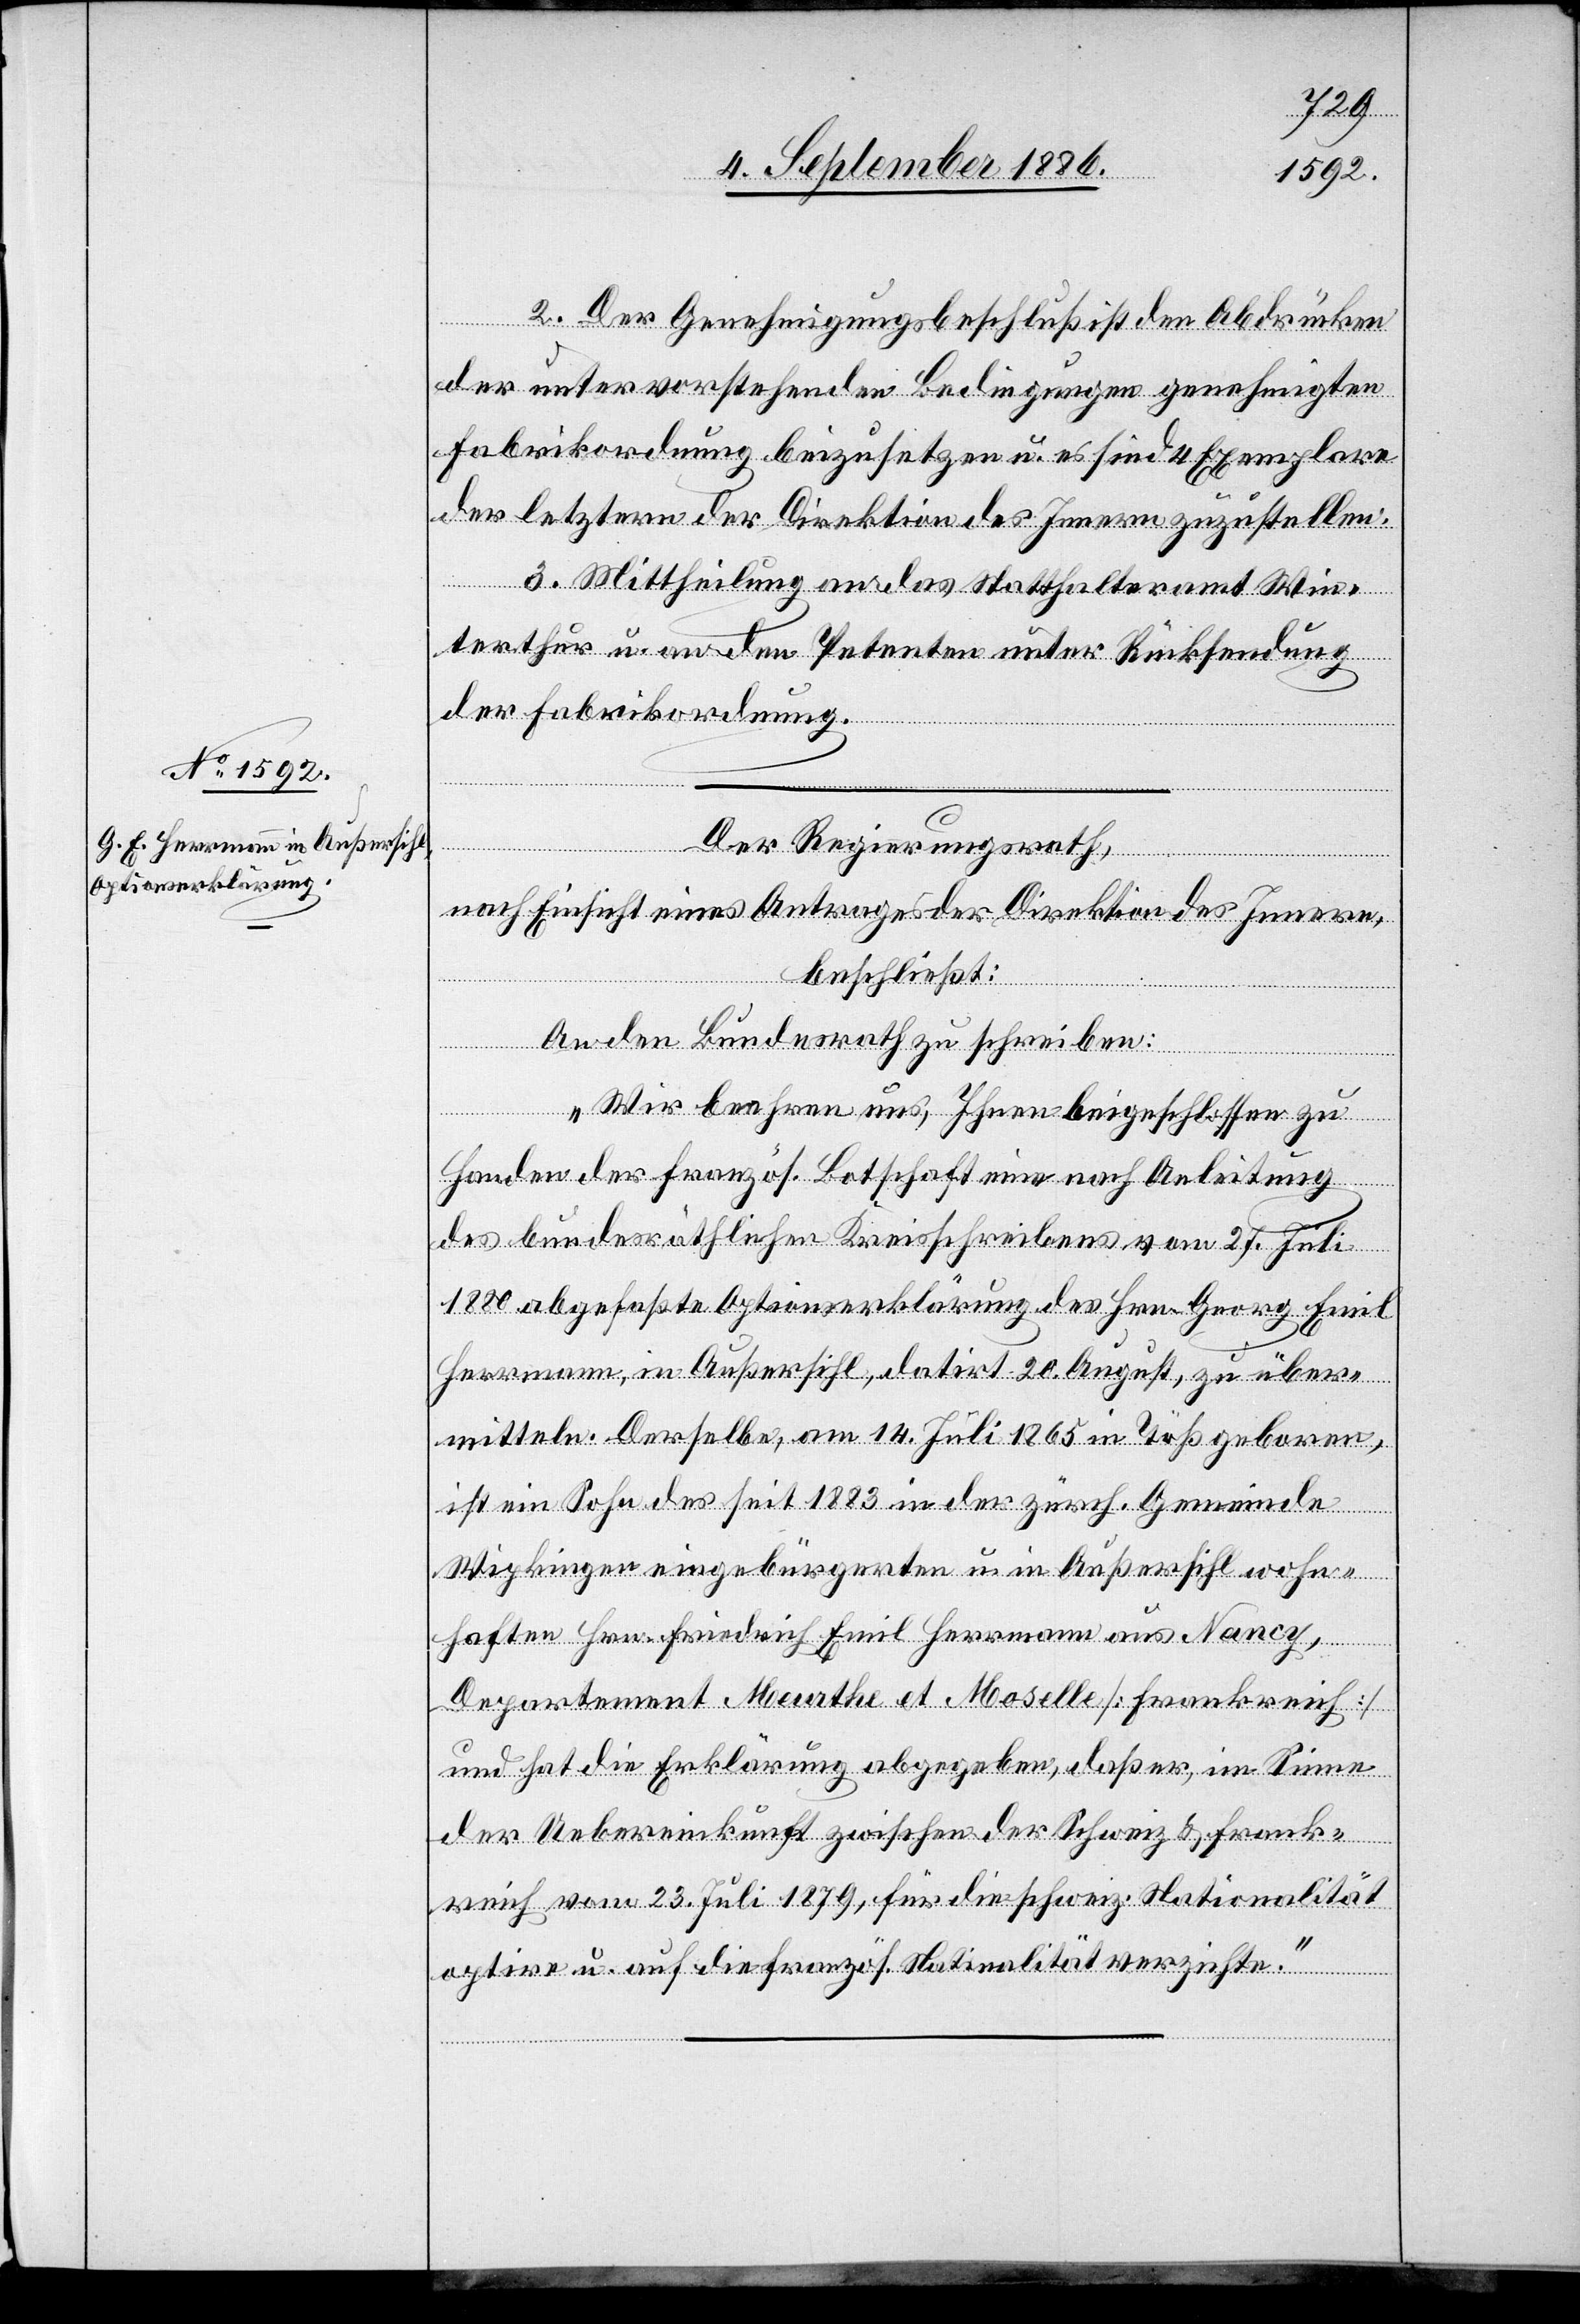
2. Der Genehmigungsbeschluß ist den Abdrücken
der unter vorstehenden Bedingungen genehmigten
Fabrikordnung beizusetzen u. es sind 4 Exemplare
der letztern der Direktion des Innern zuzustellen.
3. Mittheilung an das Statthalteramt Win¬
terthur u. an den Petenten unter Rücksendung
der Fabrikordnung.
Der Regierungsrath,
nach Einsicht eines Antrages der Direktion des Innern,
beschließt:
An den Bundesrath zu schreiben:
„Wir beehren uns, Ihnen beigeschlossen zu
Handen der französ. Botschaft eine nach Anleitung
des bundesräthlichen Kreisschreibens vom 27. Juli
1880 abgefaßte Optionserklärung des Hrn. Georg Emil
Herrmann, in Außersihl, datirt 20. August, zu über¬
mitteln. Derselbe, am 14. Juli 1865 in Töß geboren,
ist ein Sohn des seit 1883 in der zürch. Gemeinde
Wipkingen eingebürgerten u. in Außersihl wohn¬
haften Hrn. Friedrich Emil Herrmann aus Nancy,
Departement Meurthe et Moselle [Frankreich]
und hat die Erklärung abgegeben, daß er, im Sinne
der Uebereinkunft zwischen der Schweiz & Frank¬
reich vom 23. Juli 1879, für die schweiz. Nationalität
optire u. auf die franz. Nationalität verzichte.“